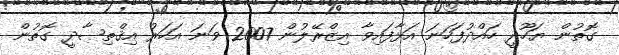
ގޮތުން ޔަހޫދީ ހައްދުފަހަނަ އަޅާފައިވާ އިޒްރޭލުން 2007 ވަނަ އަހަރު އިޤްތިޞާދީ ގޮތުން